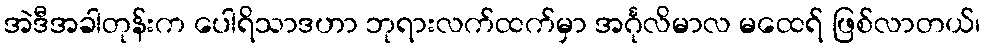
အဲဒီအခါတုန်းက ပေါရိသာဒဟာ ဘုရားလက်ထက်မှာ အင်္ဂုလိမာလ မထေရ် ဖြစ်လာတယ်၊